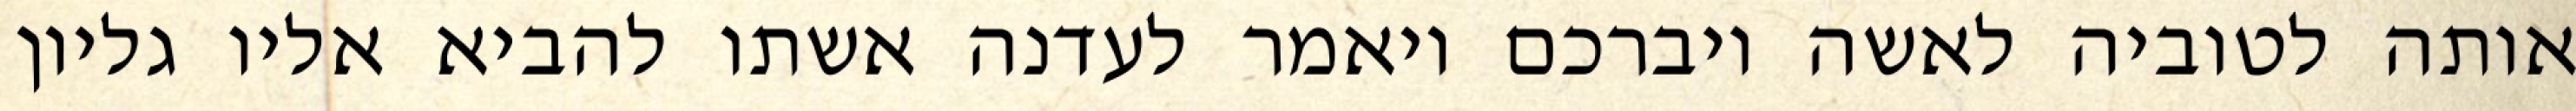
אותה לטוביה לאשה ויברכם ויאמר לעדנה אשתו להביא אליו גליון